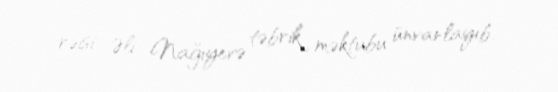
rəisi Əli Nağıyevə təbrik məktubu ünvanlayıb.